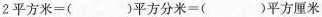
2平方米=()平方分米=()平方厘米